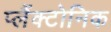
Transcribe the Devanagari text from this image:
प्लैंक्टोनिक